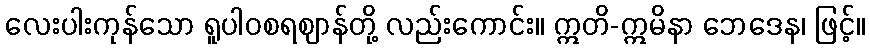
လေးပါးကုန်သော ရူပါဝစရဈာန်တို့ လည်းကောင်း။ ဣတိ-ဣမိနာ ဘေဒေန၊ ဖြင့်။